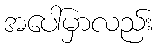
အပေါ်မှာလည်း